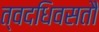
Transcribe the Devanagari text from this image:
त्वदधिवसतौ